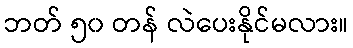
ဘတ် ၅၀ တန် လဲပေးနိုင်မလား။